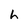
Character: h